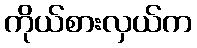
ကိုယ်စားလှယ်က